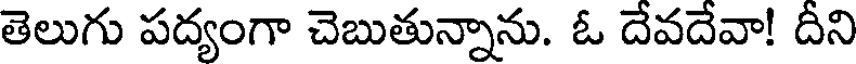
తెలుగు పద్యంగా చెబుతున్నాను. ఓ దేవదేవా! దీని